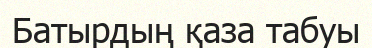
Батырдың қаза табуы